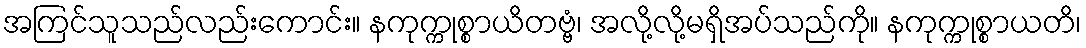
အကြင်သူသည်လည်းကောင်း။ နကုက္ကုစ္စာယိတဗ္ဗံ၊ အလို့လို့မရှိအပ်သည်ကို။ နကုက္ကုစ္စာယတိ၊